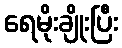
ရေမိုးချိုးပြီး